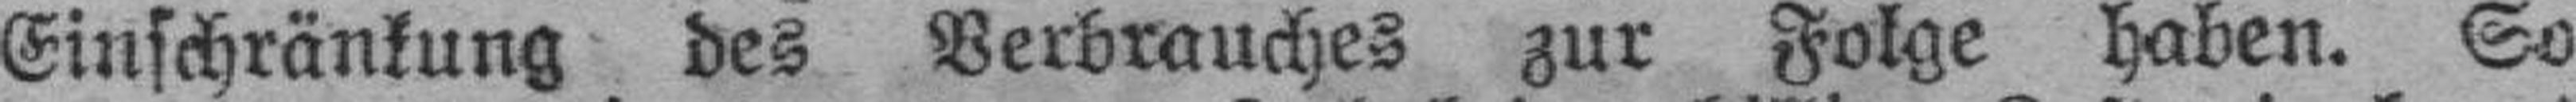
Einschränkung des Verbrauches zur Folge haben. So